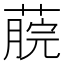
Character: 𦸌